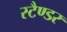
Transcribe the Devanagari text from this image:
स्टैण्डर